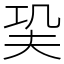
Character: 巬